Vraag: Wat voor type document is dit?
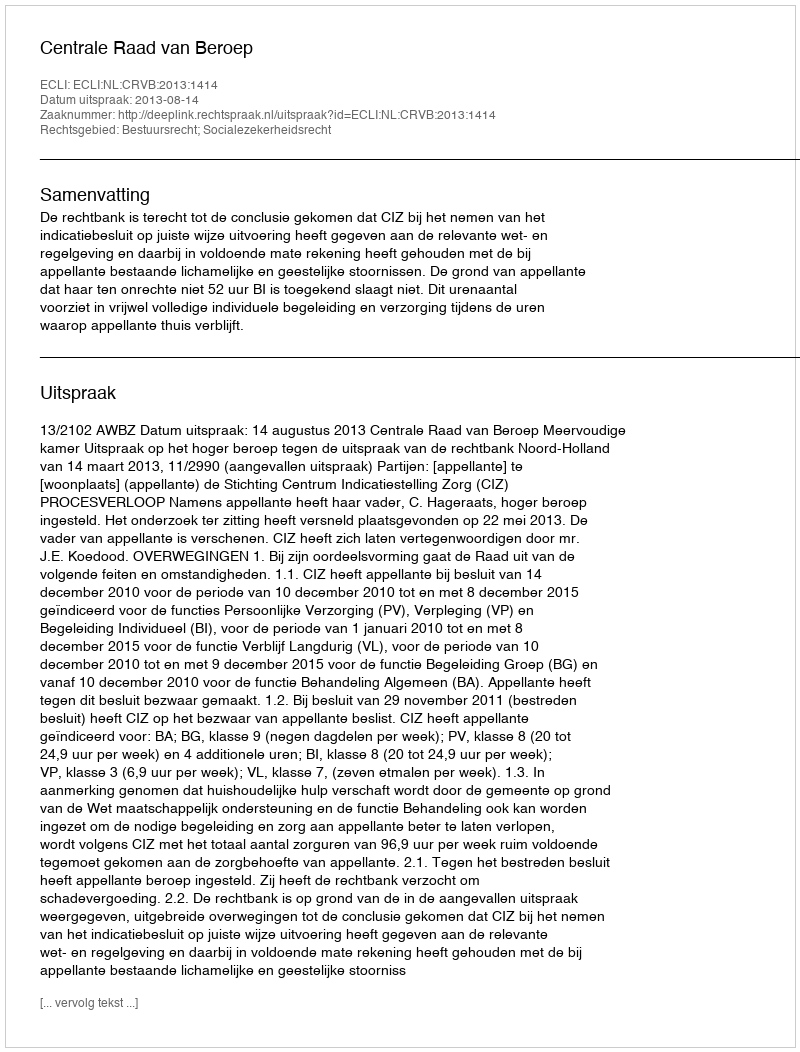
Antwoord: Uitspraak